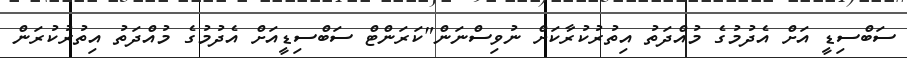
ސަބްސިޑީ އަށް އެދުމުގެ މުއްދަތު އިތުރުކުރާކަށް ނުވިސްނަން"ކަރަންޓް ސަބްސިޑީއަށް އެދުމުގެ މުއްދަތު އިތުރުކުރަން